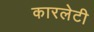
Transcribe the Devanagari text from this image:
कारलेटी